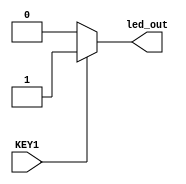

//KEY1 
//LED
module NOT_G(KEY1,led_out);

input   KEY1;
output  led_out;    

reg  led_out;

always @ (KEY1)
begin
	if ( KEY1==0 )
		begin
			led_out<=0;
		end
	else
		begin
			led_out<=1;
		end
end 

endmodule